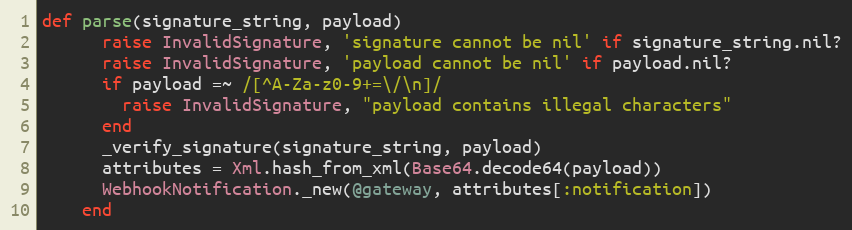
Language: Ruby
def parse(signature_string, payload)
      raise InvalidSignature, 'signature cannot be nil' if signature_string.nil?
      raise InvalidSignature, 'payload cannot be nil' if payload.nil?
      if payload =~ /[^A-Za-z0-9+=\/\n]/
        raise InvalidSignature, "payload contains illegal characters"
      end
      _verify_signature(signature_string, payload)
      attributes = Xml.hash_from_xml(Base64.decode64(payload))
      WebhookNotification._new(@gateway, attributes[:notification])
    end